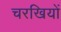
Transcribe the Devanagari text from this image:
चरखियों